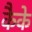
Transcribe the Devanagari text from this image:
कैके